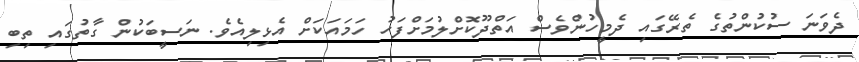
ދެވަނަ ސުކުންތުގެ ތެރޭގައި ދެމީހުންވެސް އަތްދޫކޮށްލުމަށްފަހު ހަމައަކަށް އެޅިލިއެވެ. ނަސީބަކުން ގާތުގައި ތިބި